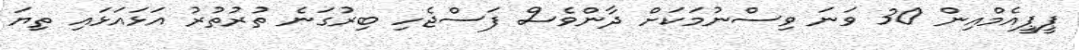
ޕީޕީއެމްއިން 30 ވަނަ ވިސްނުމަކަށް ދާންވެސް ފަސްޖެހި ބިރުގަނެ ތުރުތުރު އަޅައަޅައި ތިޔަ